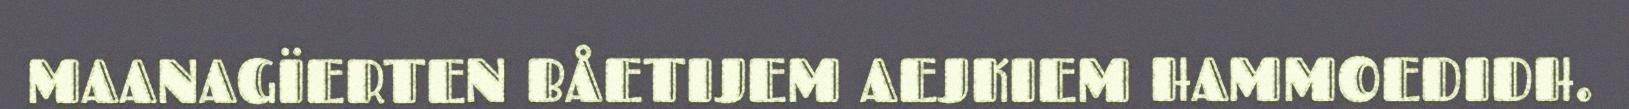
MAANAGÏERTEN BÅETIJEM AEJKIEM HAMMOEDIDH.